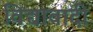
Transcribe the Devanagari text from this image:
विद्यावादी